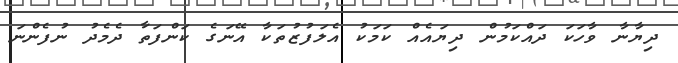
ދިޔާނާ ވާހަކަ ދައްކަމުން ދިޔައެއް ކަމަކު އެލަފުޒުތަކާ އޭނަގެ ކަންފަތާ ދެމެދު ނުފެންނަ